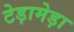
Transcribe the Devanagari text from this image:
टेड़ामेड़ा